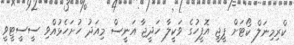
ކްރިމިނަލް ކޯޓަށް ޕީޖީ އޮފީހުގެ ވަކީލާ ހަދީޖާ އަނީސް މިއަދު ހުށަހެޅުއްވި ސީސީޓީވީ